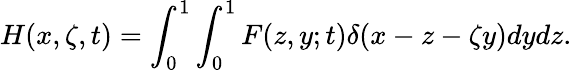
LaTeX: H(x,\zeta,t)=\int_{0}^{1}\int_{0}^{1}F(z,y;t)\delta(x-z-\zeta y)dydz.